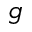
g